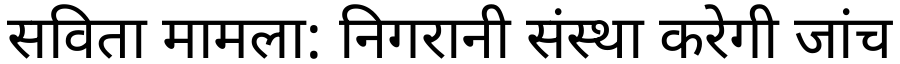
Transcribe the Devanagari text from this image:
सविता मामला: निगरानी संस्था करेगी जांच